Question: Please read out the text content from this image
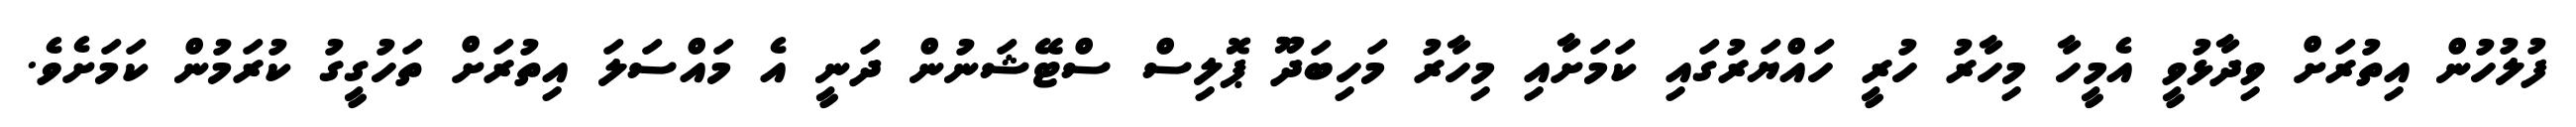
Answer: ފުލުހުން އިތުރަށް ވިދާޅުވީ އެމީހާ މިހާރު ހުރީ ހައްޔަރުގައި ކަމަށާއި މިހާރު މަހިބަދޫ ޕޮލިސް ސްޓޭޝަނުން ދަނީ އެ މައްސަލަ އިތުރަށް ތަހުގީގު ކުރަމުން ކަމަށެވެ.